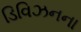
ડિવિઝનના